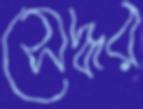
সেদ্ধর